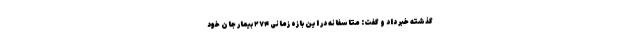
گذشته خبر داد و گفت: متاسفانه در این بازه زمانی ۲۷۴ بیمار جان خود